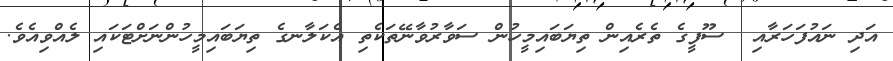
އަދި ނައުފަހަރާއި  ސޫފީގެ ތެރެއިން ތިޔަބައިމީހުން ސަވާރުވާނޭތަކެތި އެކަލާނގެ ތިޔަބައިމީހުންނަށްޓަކައި ލެއްވިއެވެ.